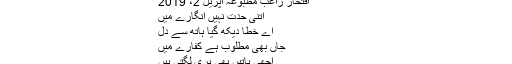
کیا کہوں عشق ترے بارے میں - مضامین ڈاٹ کام
کیا کہوں عشق ترے بارے میں
افتخار راغب مطبوعہ اپریل 2، 2019
اتنی حدّت نہیں انگارے میں
اے خطا دیکھ گیا ہاتھ سے دل
جاں بھی مطلوب ہے کفارے میں
اچھّی باتیں بھی بری لگتی ہیں
غیر کے منھ سے ترے بارے میں
یا اخی!